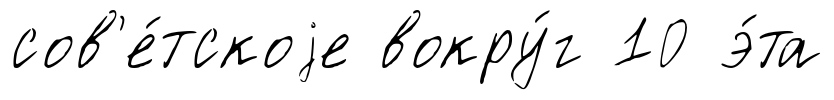
сов'е́тскоjе вокру́г 10 э́та